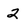
Character: 2